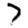
Digit: 7